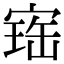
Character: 𡩧